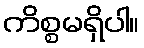
ကိစ္စမရှိပါ။